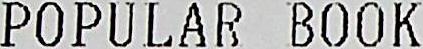
POPULAR BOOK